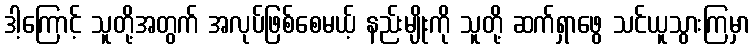
ဒါ့ကြောင့် သူတို့အတွက် အလုပ်ဖြစ်စေမယ့် နည်းမျိုးကို သူတို့ ဆက်ရှာဖွေ သင်ယူသွားကြမှာ